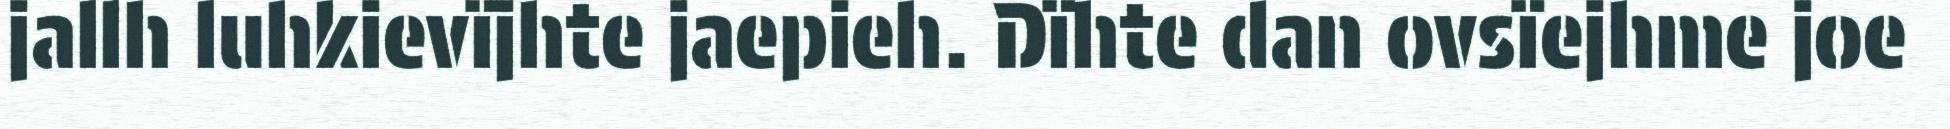
jallh luhkievïjhte jaepieh. Dïhte dan ovsïejhme joe